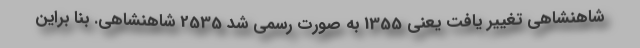
شاهنشاهی تغییر یافت یعنی 1355 به صورت رسمی شد 2535 شاهنشاهی. بنا براین